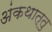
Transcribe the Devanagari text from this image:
अंकथात्तु